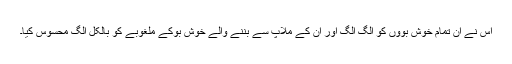
اُس نے ان تمام خوش بوؤں کو الگ الگ اور اُن کے ملاپ سے بننے والے خوش بُوکے ملغوبے کو بالکل الگ محسوس کیا۔